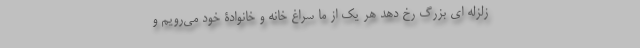
زلزله ای بزرگ رخ دهد هر یک از ما سراغ خانه و خانوادۀ خود می‌رویم و